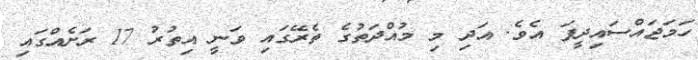
ހަމަޖައްސައިދީފަ އެވެ. އަދި މި މުއްދަތުގެ ތެރޭގައި ވަނީ އިތުރު 17 ރަށެއްގައި